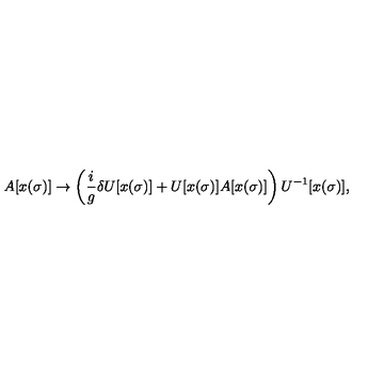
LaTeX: A [ x ( \sigma ) ] \rightarrow \left( \frac { i } { g } \delta U [ x ( \sigma ) ] + U [ x ( \sigma ) ] A [ x ( \sigma ) ] \right) U ^ { - 1 } [ x ( \sigma ) ] ,